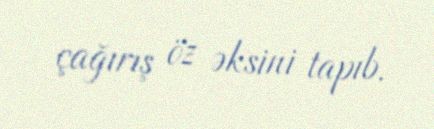
çağırış öz əksini tapıb.